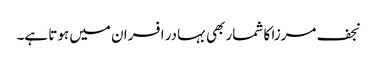
نجف مرزا کا شمار بھی بہادر افسران میں ہوتا ہے۔